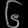
Digit: ၆